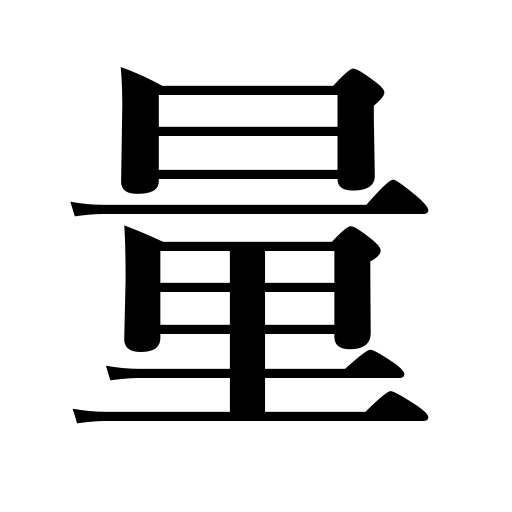
Meanings: volume,magnanimity,sound,weigh,measure,compute,amount,a measure,gauge,estimate,quantity,fathom